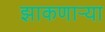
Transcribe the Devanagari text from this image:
झाकणाऱ्या